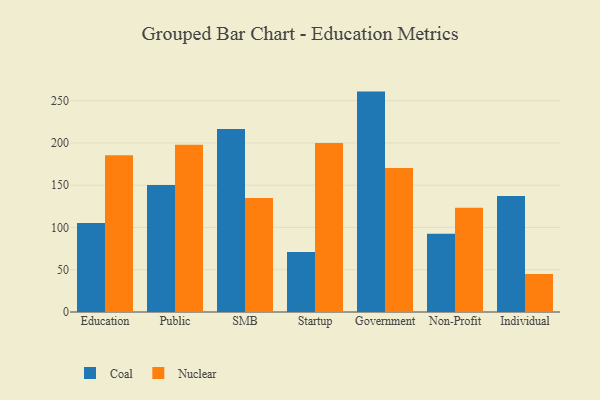
{"axis": {"x": "Segment", "y": "Operating Costs (USD K)"}, "legend": ["Coal", "Nuclear"], "data": [{"x": "Education", "y": 105.2, "type": "Coal"}, {"x": "Education", "y": 185.3, "type": "Nuclear"}, {"x": "Public", "y": 150.1, "type": "Coal"}, {"x": "Public", "y": 197.8, "type": "Nuclear"}, {"x": "SMB", "y": 216.6, "type": "Coal"}, {"x": "SMB", "y": 134.8, "type": "Nuclear"}, {"x": "Startup", "y": 71.1, "type": "Coal"}, {"x": "Startup", "y": 199.8, "type": "Nuclear"}, {"x": "Government", "y": 260.7, "type": "Coal"}, {"x": "Government", "y": 170.3, "type": "Nuclear"}, {"x": "Non-Profit", "y": 92.5, "type": "Coal"}, {"x": "Non-Profit", "y": 123.2, "type": "Nuclear"}, {"x": "Individual", "y": 137.2, "type": "Coal"}, {"x": "Individual", "y": 45.0, "type": "Nuclear"}]}